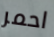
احمر